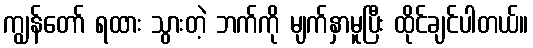
ကျွန်တော် ရထား သွားတဲ့ ဘက်ကို မျက်နှာမူပြီး ထိုင်ချင်ပါတယ်။